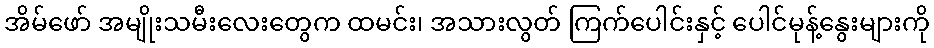
အိမ်ဖော် အမျိုးသမီးလေးတွေက ထမင်း၊ အသားလွတ် ကြက်ပေါင်းနှင့် ပေါင်မုန့်နွေးများကို